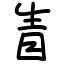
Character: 眚